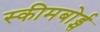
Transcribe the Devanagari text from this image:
स्कीमबोर्ड्स